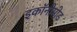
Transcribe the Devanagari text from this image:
इकॉनोमोड